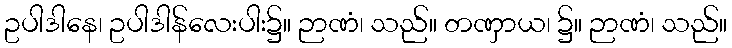
ဥပါဒါနေ၊ ဥပါဒါန်လေးပါး၌။ ဉာဏံ၊ သည်။ တဏှာယ၊ ၌။ ဉာဏံ၊ သည်။